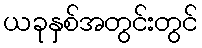
ယခုနှစ်အတွင်းတွင်